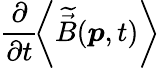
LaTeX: \frac{\partial}{\partial t}\! \left<\widetilde{\vec{B}}(\boldsymbol{p},t)\right>